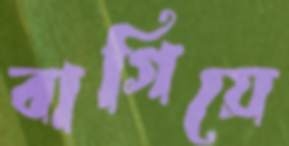
বাগিয়ে